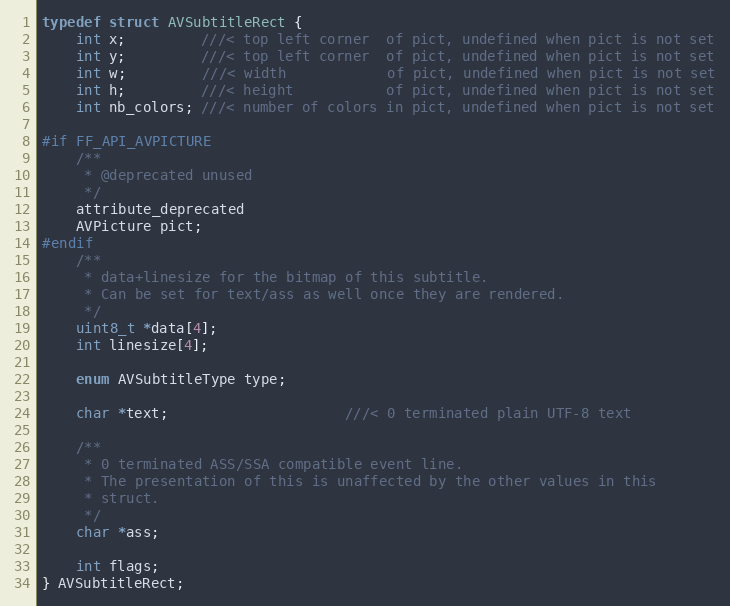
Language: C
typedef struct AVSubtitleRect {
    int x;         ///< top left corner  of pict, undefined when pict is not set
    int y;         ///< top left corner  of pict, undefined when pict is not set
    int w;         ///< width            of pict, undefined when pict is not set
    int h;         ///< height           of pict, undefined when pict is not set
    int nb_colors; ///< number of colors in pict, undefined when pict is not set

#if FF_API_AVPICTURE
    /**
     * @deprecated unused
     */
    attribute_deprecated
    AVPicture pict;
#endif
    /**
     * data+linesize for the bitmap of this subtitle.
     * Can be set for text/ass as well once they are rendered.
     */
    uint8_t *data[4];
    int linesize[4];

    enum AVSubtitleType type;

    char *text;                     ///< 0 terminated plain UTF-8 text

    /**
     * 0 terminated ASS/SSA compatible event line.
     * The presentation of this is unaffected by the other values in this
     * struct.
     */
    char *ass;

    int flags;
} AVSubtitleRect;